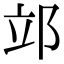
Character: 𨚪